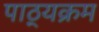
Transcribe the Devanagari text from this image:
पाठ्‍यक्रम